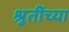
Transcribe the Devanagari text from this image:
श्रुतींच्या